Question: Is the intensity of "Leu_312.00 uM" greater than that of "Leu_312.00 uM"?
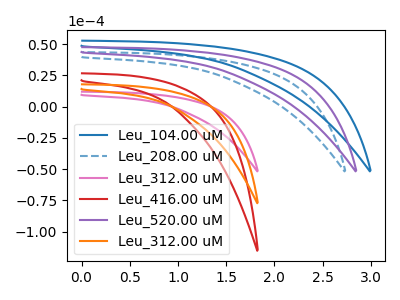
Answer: <think>The blue curve "Leu_104.00 uM" has no peaks. The blue dashed curve "Leu_208.00 uM" has no peaks. The pink curve "Leu_312.00 uM" has no peaks. The red curve "Leu_416.00 uM" has no peaks. The purple curve "Leu_520.00 uM" has no peaks. The orange curve "Leu_312.00 uM" has no peaks.
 Neither "Leu_312.00 uM" or "Leu_312.00 uM" have any peaks.</think>
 <answer>I cant tell if "Leu_312.00 uM" or "Leu_312.00 uM" has more signal.</answer>
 <eval>mixed_signal</eval>